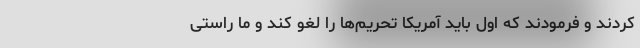
کردند و فرمودند که اول باید آمریکا تحریم‌ها را لغو کند و ما راستی